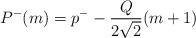
LaTeX: \begin{align*}P^{-}(m)=p^{-}-\frac{Q}{2\sqrt{2}}(m+1)\end{align*}